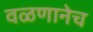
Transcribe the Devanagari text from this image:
वळणानेच